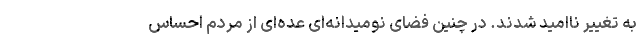
به تغییر ناامید شدند. در چنین فضای نومیدانه‌ای عده‌ای از مردم احساس